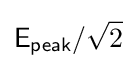
{\mathsf {E_{peak}}}/{\sqrt {2}}